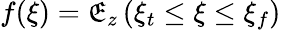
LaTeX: f(\xi)=\mathfrak{E}_{z}\left(\xi_{t}\leq\xi\leq\xi_{f}\right)